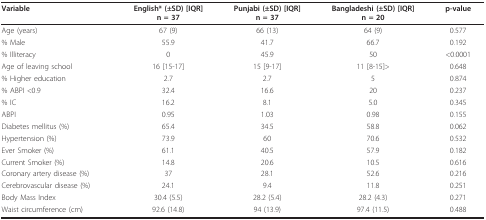
<table><thead><tr><td><b>Variable</b></td><td><b>English* (±SD) [IQR]n = 37</b></td><td><b>Punjabi (±SD) [IQR]n = 37</b></td><td><b>Bangladeshi (±SD) [IQR]n = 20</b></td><td><b>p-value</b></td></tr></thead><tbody><tr><td>Age (years)</td><td>67 (9)</td><td>66 (13)</td><td>64 (9)</td><td>0.577</td></tr><tr><td>% Male</td><td>55.9</td><td>41.7</td><td>66.7</td><td>0.192</td></tr><tr><td>% Illiteracy</td><td>0</td><td>45.9</td><td>50</td><td>&lt;0.0001</td></tr><tr><td>Age of leaving school</td><td>16 [15-17]</td><td>15 [9-17]</td><td>11 [8-15]&gt;</td><td>0.648</td></tr><tr><td>% Higher education</td><td>2.7</td><td>2.7</td><td>5</td><td>0.874</td></tr><tr><td>% ABPI &lt;0.9</td><td>32.4</td><td>16.6</td><td>20</td><td>0.237</td></tr><tr><td>% IC</td><td>16.2</td><td>8.1</td><td>5.0</td><td>0.345</td></tr><tr><td>ABPI</td><td>0.95</td><td>1.03</td><td>0.98</td><td>0.155</td></tr><tr><td>Diabetes mellitus (%)</td><td>65.4</td><td>34.5</td><td>58.8</td><td>0.062</td></tr><tr><td>Hypertension (%)</td><td>73.9</td><td>60</td><td>70.6</td><td>0.532</td></tr><tr><td>Ever Smoker (%)</td><td>61.1</td><td>40.5</td><td>57.9</td><td>0.182</td></tr><tr><td>Current Smoker (%)</td><td>14.8</td><td>20.6</td><td>10.5</td><td>0.616</td></tr><tr><td>Coronary artery disease (%)</td><td>37</td><td>28.1</td><td>52.6</td><td>0.216</td></tr><tr><td>Cerebrovascular disease (%)</td><td>24.1</td><td>9.4</td><td>11.8</td><td>0.251</td></tr><tr><td>Body Mass Index</td><td>30.4 (5.5)</td><td>28.2 (5.4)</td><td>28.2 (4.3)</td><td>0.271</td></tr><tr><td>Waist circumference (cm)</td><td>92.6 (14.8)</td><td>94 (13.9)</td><td>97.4 (11.5)</td><td>0.488</td></tr></tbody></table>